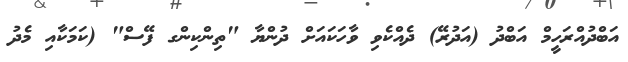
އަބްދުއްރަހީމް އަބްދު (އަދުރޭ) ދެއްކެވި ވާހަކައަށް ދުންޔާ "ތިންކިންގ ފޭސް" (ކަމަކާއި މެދު